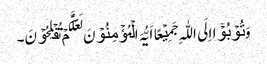
وَ تُوۡبُوۡۤا اِلَی اللّٰہِ جَمِیۡعًا اَیُّہَ الۡمُؤۡمِنُوۡنَ لَعَلَّکُمۡ تُفۡلِحُوۡنَ۔